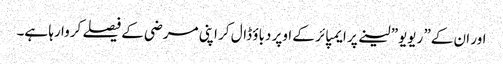
اور ان کے” ریویو” لینے پر ایمپائر کے اوپر دباؤ ڈال کر اپنی مرضی کے فیصلے کروا رہا ہے۔